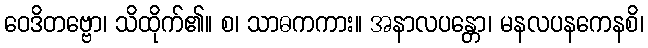
ဝေဒိတဗ္ဗော၊ သိထိုက်၏။ စ၊ သာဓကကား။ အနာလပန္တော၊ မနလပနကေနစိ၊